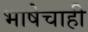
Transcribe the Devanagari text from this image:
भाषेचाही